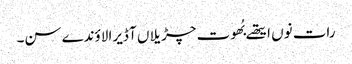
رات نوں ایتھے بُھوت چڑیلاں آ ڈیرا لاؤندے سن۔